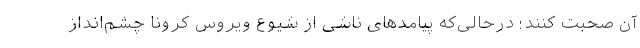
آن صحبت کنند؛ درحالی‌که پیامدهای ناشی از شیوع ویروس کرونا چشم‌انداز